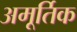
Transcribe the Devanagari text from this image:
अमूर्तिक